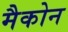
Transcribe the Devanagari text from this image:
मैकोन